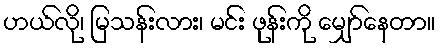
ဟယ်လို၊ မြသန်းလား၊ မင်း ဖုန်းကို မျှော်နေတာ။